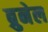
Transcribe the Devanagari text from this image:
ब्रुनेल